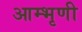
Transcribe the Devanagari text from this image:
आम्भृणी